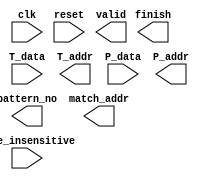
`timescale 1ns/10ps
module SME ( clk, reset, case_insensitive, pattern_no, match_addr, valid, finish, T_data, T_addr, P_data, P_addr);
input         clk;
input         reset;
input         case_insensitive;
output [3:0]  pattern_no;
output [11:0] match_addr;
output        valid;
output        finish;
input  [7:0]  T_data;
output [11:0] T_addr;
input  [7:0]  P_data;
output [6:0]  P_addr;

endmodule